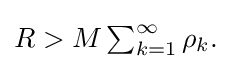
{\textstyle R>M\sum _{k=1}^{\infty }\rho _{k}.}